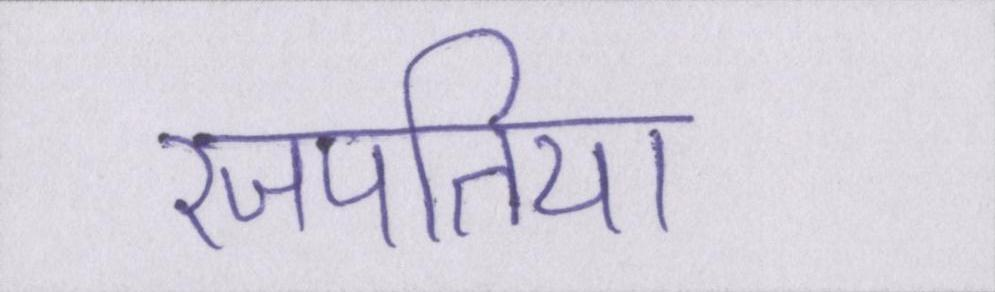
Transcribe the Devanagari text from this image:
रजपतिया